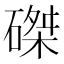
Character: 磔